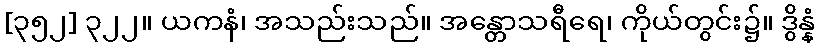
[၃၅၂] ၃၂၂။ ယကနံ၊ အသည်းသည်။ အန္တောသရီရေ၊ ကိုယ်တွင်း၌။ ဒွိန္နံ